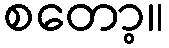
စတော့။